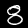
Label: 8